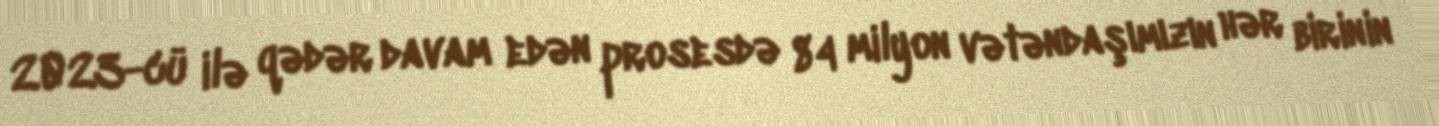
2023-cü ilə qədər davam edən prosesdə 84 milyon vətəndaşımızın hər birinin